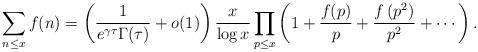
LaTeX: \begin{align*}\sum _{n\leq x} f(n)=\left(\frac{1}{e^{\gamma \tau }\Gamma (\tau )}+o(1)\right)\frac{x}{\log x}\prod _{p\leq x} \left(1+\frac{f(p)}{p}+\frac{f\left(p^2\right)}{p^2}+\cdots\right) .\end{align*}